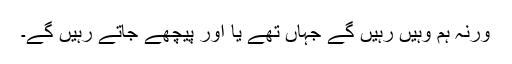
ورنہ ہم وہیں رہیں گے جہاں تھے یا اور پیچھے جاتے رہیں گے۔